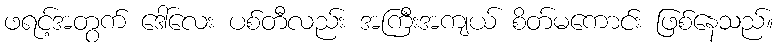
ဖရင့်အတွက် ဒေါ်လေး ပစ်တီလည်း အကြီးအကျယ် စိတ်မကောင်း ဖြစ်နေသည်။